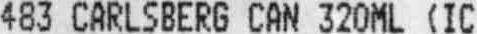
483 CARLSBERG CAN 320ML (IC